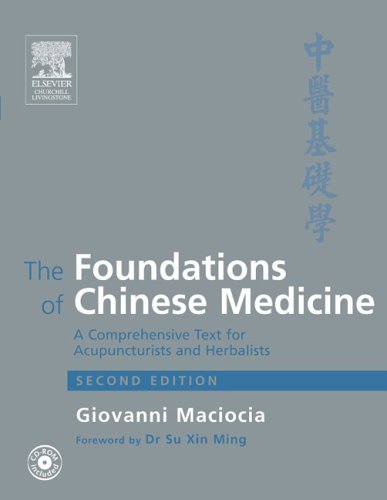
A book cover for The Foundations of Chinese Medicine: A Comprehensive Text for Acupuncturists and Herbalists. Second Edition; Giovanni Maciocia CAc(Nanjing); Health, Fitness & Dieting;